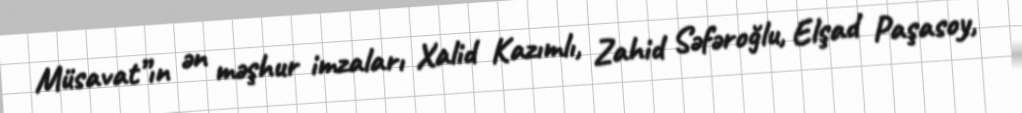
Müsavat”ın ən məşhur imzaları Xalid Kazımlı, Zahid Səfəroğlu, Elşad Paşasoy,